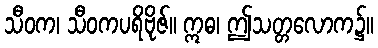
သီဝက၊ သီဝကပရိဗိုဇ်။ ဣဓ၊ ဤသတ္တလောက၌။